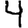
Digit: 4